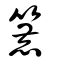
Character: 簏